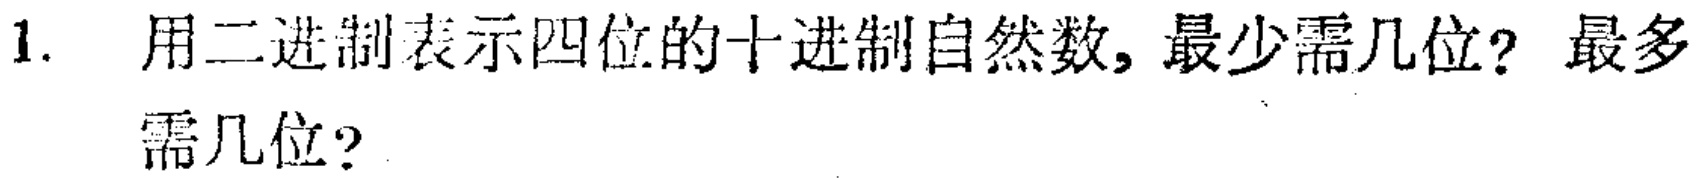
1. 用二进制表示四位的十进制自然数, 最少需几位? 最多需几位?